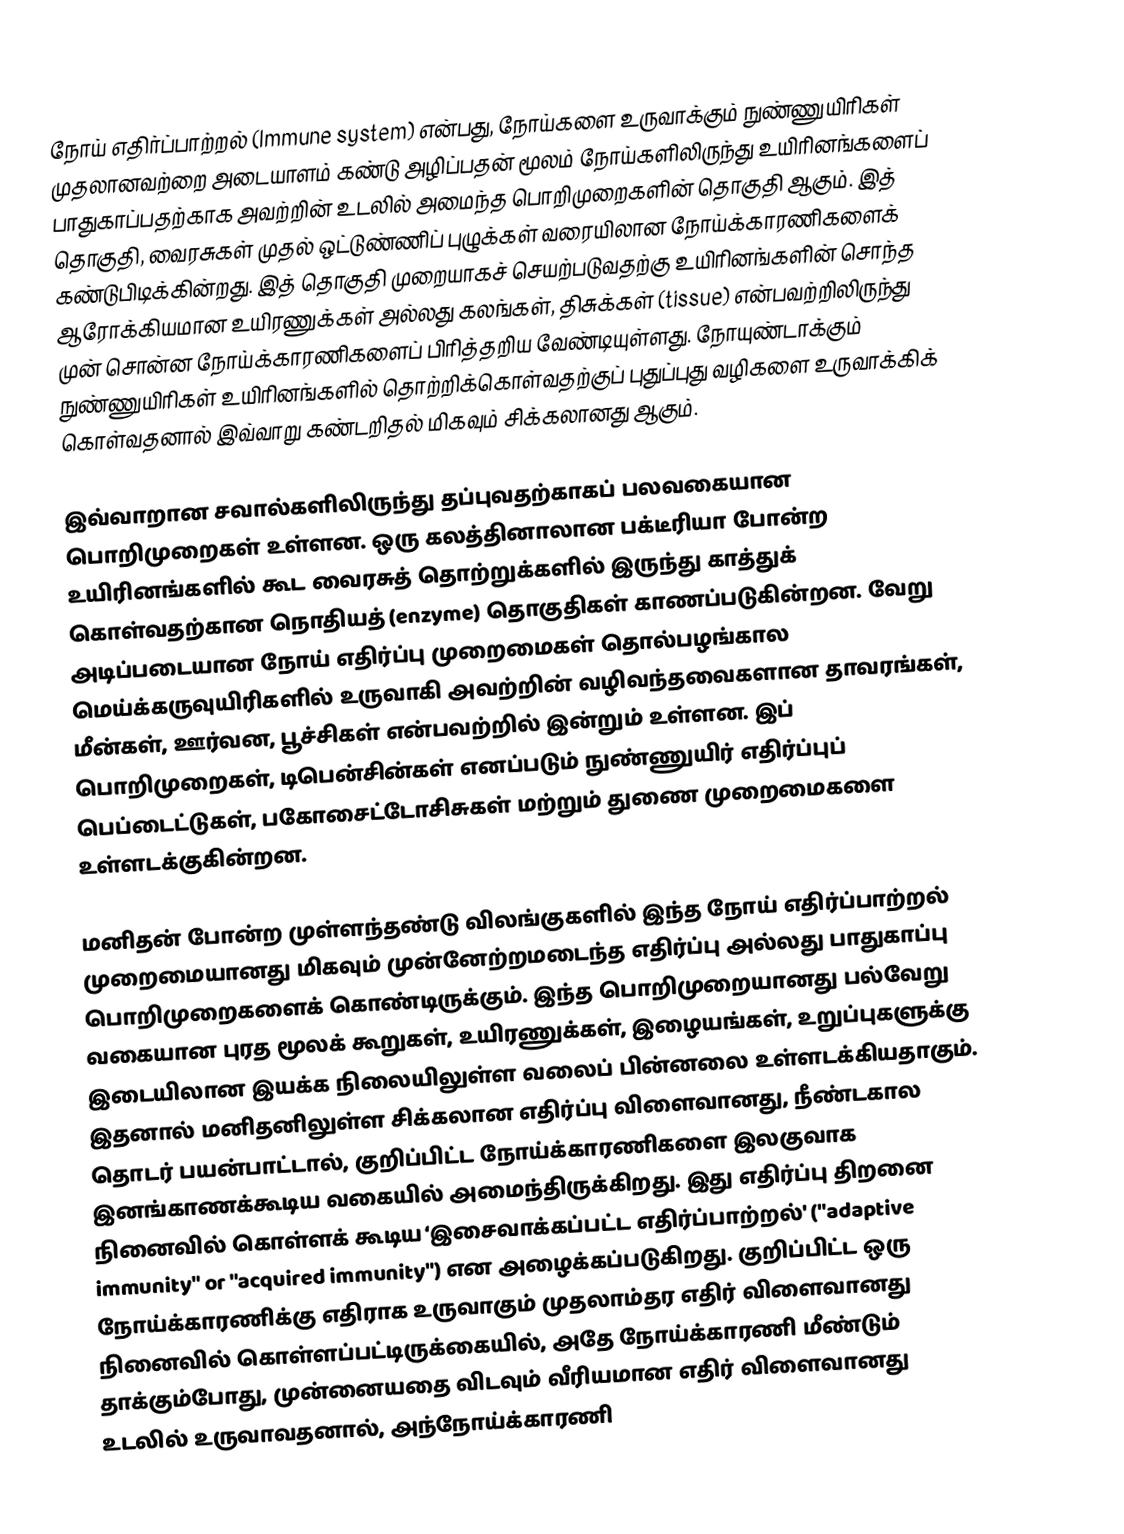
நோய் எதிர்ப்பாற்றல் (Immune system) என்பது, நோய்களை உருவாக்கும் நுண்ணுயிரிகள் முதலானவற்றை அடையாளம் கண்டு அழிப்பதன் மூலம் நோய்களிலிருந்து உயிரினங்களைப் பாதுகாப்பதற்காக அவற்றின் உடலில் அமைந்த பொறிமுறைகளின் தொகுதி ஆகும். இத் தொகுதி, வைரசுகள் முதல் ஒட்டுண்ணிப் புழுக்கள் வரையிலான நோய்க்காரணிகளைக் கண்டுபிடிக்கின்றது. இத் தொகுதி முறையாகச் செயற்படுவதற்கு உயிரினங்களின் சொந்த ஆரோக்கியமான உயிரணுக்கள் அல்லது கலங்கள், திசுக்கள் (tissue) என்பவற்றிலிருந்து முன் சொன்ன நோய்க்காரணிகளைப் பிரித்தறிய வேண்டியுள்ளது. நோயுண்டாக்கும் நுண்ணுயிரிகள் உயிரினங்களில் தொற்றிக்கொள்வதற்குப் புதுப்புது வழிகளை உருவாக்கிக் கொள்வதனால் இவ்வாறு கண்டறிதல் மிகவும் சிக்கலானது ஆகும்.

இவ்வாறான சவால்களிலிருந்து தப்புவதற்காகப் பலவகையான பொறிமுறைகள் உள்ளன. ஒரு கலத்தினாலான பக்டீரியா போன்ற உயிரினங்களில் கூட வைரசுத் தொற்றுக்களில் இருந்து காத்துக் கொள்வதற்கான நொதியத் (enzyme) தொகுதிகள் காணப்படுகின்றன. வேறு அடிப்படையான நோய் எதிர்ப்பு முறைமைகள் தொல்பழங்கால மெய்க்கருவுயிரிகளில் உருவாகி அவற்றின் வழிவந்தவைகளான தாவரங்கள், மீன்கள், ஊர்வன, பூச்சிகள் என்பவற்றில் இன்றும் உள்ளன. இப் பொறிமுறைகள், டிபென்சின்கள் எனப்படும் நுண்ணுயிர் எதிர்ப்புப் பெப்டைட்டுகள், பகோசைட்டோசிசுகள் மற்றும் துணை முறைமைகளை உள்ளடக்குகின்றன.

மனிதன் போன்ற முள்ளந்தண்டு விலங்குகளில் இந்த நோய் எதிர்ப்பாற்றல் முறைமையானது மிகவும் முன்னேற்றமடைந்த எதிர்ப்பு அல்லது பாதுகாப்பு பொறிமுறைகளைக்  கொண்டிருக்கும். இந்த பொறிமுறையானது பல்வேறு வகையான புரத மூலக் கூறுகள், உயிரணுக்கள், இழையங்கள், உறுப்புகளுக்கு இடையிலான இயக்க நிலையிலுள்ள வலைப் பின்னலை உள்ளடக்கியதாகும். இதனால் மனிதனிலுள்ள சிக்கலான எதிர்ப்பு விளைவானது, நீண்டகால தொடர் பயன்பாட்டால், குறிப்பிட்ட நோய்க்காரணிகளை இலகுவாக இனங்காணக்கூடிய வகையில் அமைந்திருக்கிறது. இது எதிர்ப்பு திறனை நினைவில் கொள்ளக் கூடிய ‘இசைவாக்கப்பட்ட எதிர்ப்பாற்றல்' ("adaptive immunity" or "acquired immunity") என அழைக்கப்படுகிறது. குறிப்பிட்ட ஒரு நோய்க்காரணிக்கு எதிராக உருவாகும் முதலாம்தர எதிர் விளைவானது நினைவில் கொள்ளப்பட்டிருக்கையில், அதே நோய்க்காரணி மீண்டும் தாக்கும்போது, முன்னையதை விடவும் வீரியமான எதிர் விளைவானது உடலில் உருவாவதனால், அந்நோய்க்காரணி